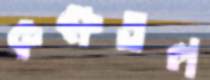
কক্ষতল